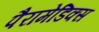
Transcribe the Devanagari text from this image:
पैरामेडिक्स